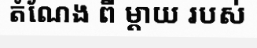
តំណែង ពី ម្តាយ របស់